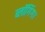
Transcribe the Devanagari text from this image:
ब्लॉगिंग।